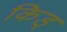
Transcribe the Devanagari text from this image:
किड्